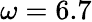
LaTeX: \omega=6.7